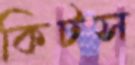
কিটস